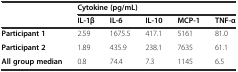
<table><thead><tr><td rowspan="2"></td><td colspan="5"><b>Cytokine (pg/mL)</b></td></tr><tr><td><b>IL-1β</b></td><td><b>IL-6</b></td><td><b>IL-10</b></td><td><b>MCP-1</b></td><td><b>TNF-α</b></td></tr></thead><tbody><tr><td><b>Participant 1</b></td><td>2.59</td><td>1675.5</td><td>417.1</td><td>5161</td><td>81.0</td></tr><tr><td><b>Participant 2</b></td><td>1.89</td><td>435.9</td><td>238.1</td><td>7635</td><td>61.1</td></tr><tr><td><b>All group median</b></td><td>0.8</td><td>74.4</td><td>7.3</td><td>1145</td><td>6.5</td></tr></tbody></table>